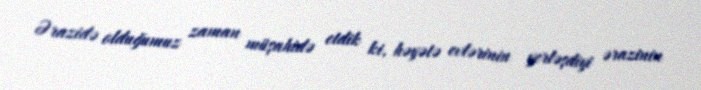
Ərazidə olduğumuz zaman müşahidə etdik ki, həyətə evlərinin yerləşdiyi ərazinin